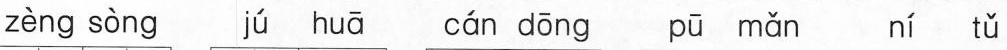
zèng sòng jú huā cán dōng pū mǎn ní tǔ